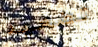
تضعيه